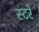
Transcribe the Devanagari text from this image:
स्टरे